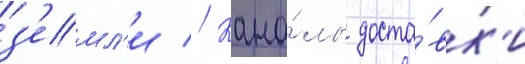
з'емл'и // Кана́лы доста́вк'и